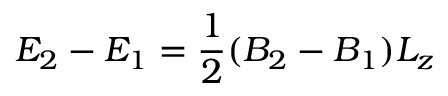
E _ { 2 } - E _ { 1 } = \frac { 1 } { 2 } ( B _ { 2 } - B _ { 1 } ) L _ { z }